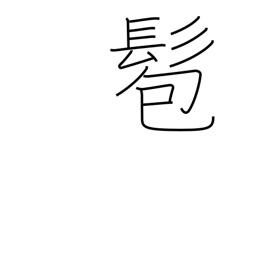
Meaning: bun